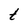
Character: t